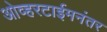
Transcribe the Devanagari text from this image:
ओव्हरटाईमनंतर